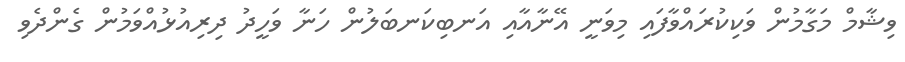
ވިޝާމް މަގާމުން ވަކިކުރައްވާފައި މިވަނީ އޭނާއާއި އަނބިކަނބަލުން ހަނާ ވަހީދު ދިރިއުޅުއްވަމުން ގެންދެވި